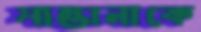
সান্তানাকে